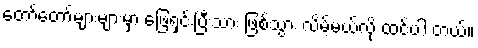
တော်တော်များများမှာ ဖြေရှင်းပြီးသား ဖြစ်သွား လိမ့်မယ်လို့ ထင်ပါ တယ်။